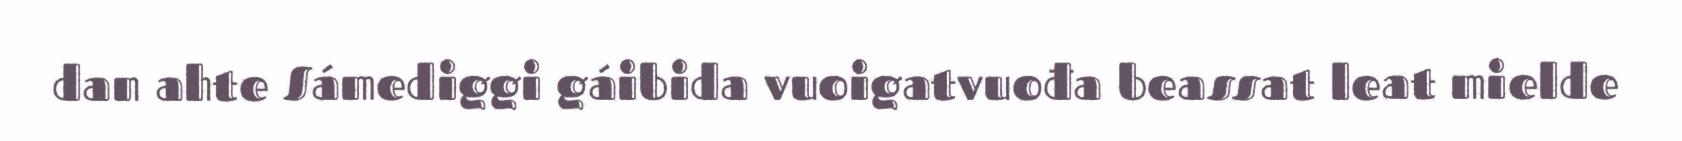
dan ahte Sámediggi gáibida vuoigatvuođa beassat leat mielde